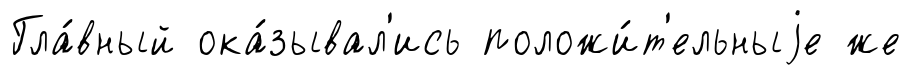
Гла́вный ока́зывал'ись положи́т'ельныjе же